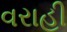
વરાહી